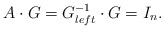
\begin{align*} A \cdot G = G_{left}^{-1} \cdot G = I_n. \end{align*}